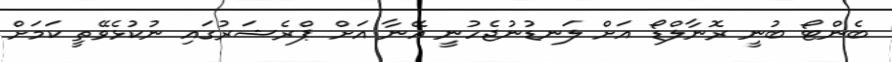
ބެންޓޯ ބުނީ ރޮނާލްޑޯ އަށް ލަނޑުނުޖެހުނީ އޭނާ އަށް ޕްރެޝަރުގައި ނުކުޅެވޭތީ ކަމަށް